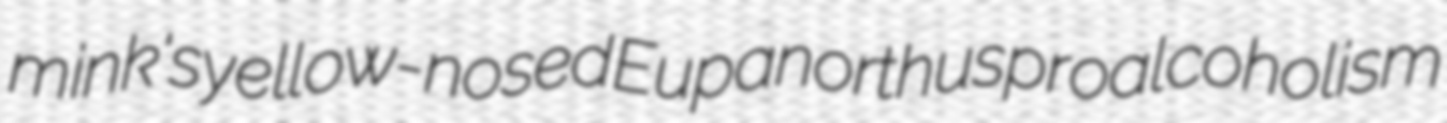
mink's yellow-nosed Eupanorthus proalcoholism